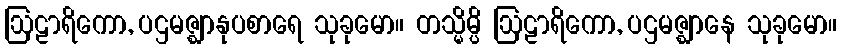
ဩဠာရိကော, ပဌမဇ္ဈာနုပစာရေ သုခုမော။ တသ္မိမ္ပိ ဩဠာရိကော, ပဌမဇ္ဈာနေ သုခုမော။